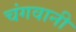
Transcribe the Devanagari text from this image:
चंगवानी